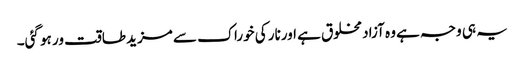
یہ ہی وجہ ہے وہ آزاد مخلوق ہے اورنار کی خوراک سے مزید طاقت ور ہو گئی۔